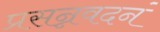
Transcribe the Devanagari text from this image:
प्रसन्नवदनं